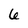
Character: 6